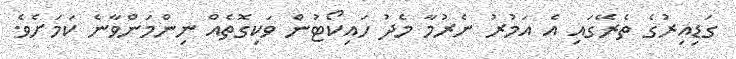
ގަޑިއިރުގެ ތެރޭގައި އެ އަމުރު ނެރުމާ މެދު ހައިކޯޓުން ވަކިގޮތެއް ނިންމަންވާނެ ކަމަށެވެ.